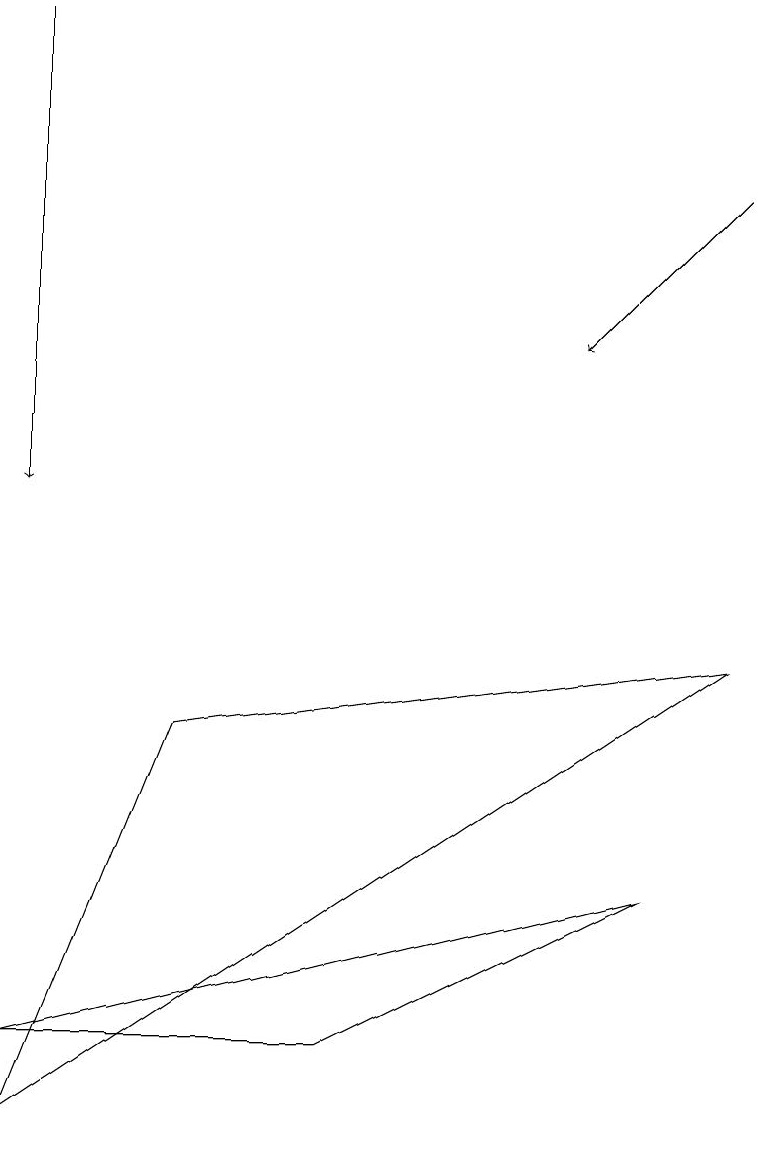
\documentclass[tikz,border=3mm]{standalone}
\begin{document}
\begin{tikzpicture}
\draw[->] (9,14) -- (7,12);
\draw (9,8) -- (2,7) -- (0,2) -- cycle;
\draw (4,3) -- (8,5) -- (0,3) -- cycle;
\draw[->] (0,16) -- (0,10);
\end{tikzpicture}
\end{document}